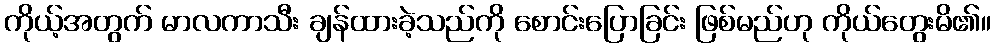
ကိုယ့်အတွက် မာလကာသီး ချန်ထားခဲ့သည်ကို စောင်းပြောခြင်း ဖြစ်မည်ဟု ကိုယ်တွေးမိ၏။